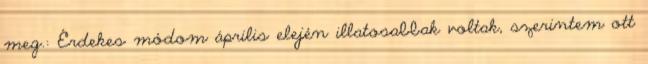
meg.: Érdekes módom április elején illatosabbak voltak, szerintem ott